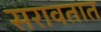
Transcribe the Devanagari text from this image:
सरावतात